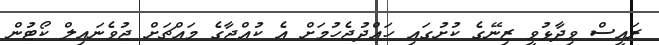
ރައީސް ވިދާޅުވީ ޒިނޭގެ ކުށުގައި ހައްދުޖެހުމަށް އެ ކުއްޖާގެ މައްޗަށް ޖުވެނައިލް ކޯޓުން